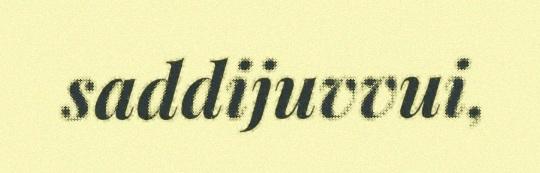
saddijuvvui,